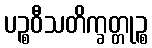
ပဉ္စဝီသတိက္ခတ္တုဉ္စ